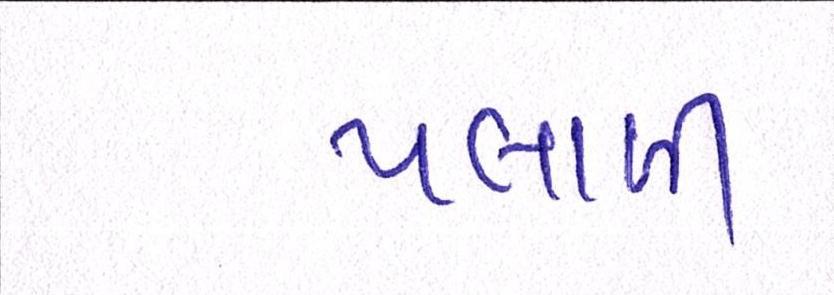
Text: પલાળી